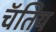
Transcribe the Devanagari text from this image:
चॅतिय